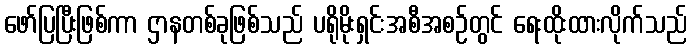
ဖော်ပြပြီးဖြစ်ကာ ဌာနတစ်ခုဖြစ်သည် ပရိုမိုးရှင်းအစီအစဉ်တွင် ရေးထိုးထားလိုက်သည်